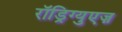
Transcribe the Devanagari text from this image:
रॉड्रिग्युएज़